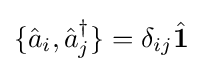
\{{\hat {a}}_{i},{\hat {a}}_{j}^{\dagger }\}=\delta _{ij}{\hat {\mathbf {1} }}